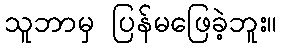
သူဘာမှ ပြန်မဖြေခဲ့ဘူး။